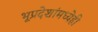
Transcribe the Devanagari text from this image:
भूप्रदेशांमध्येही